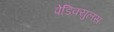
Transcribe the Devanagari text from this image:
पेडिक्युलस